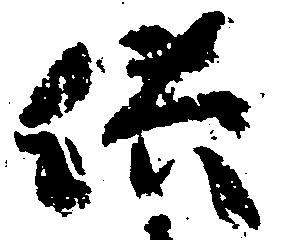
供